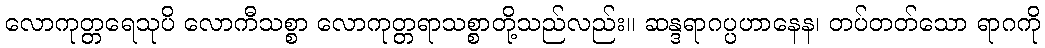
လောကုတ္တရေသုပိ လောကီသစ္စာ လောကုတ္တရာသစ္စာတို့သည်လည်း။ ဆန္ဒရာဂပ္ပဟာနေန၊ တပ်တတ်သော ရာဂကို